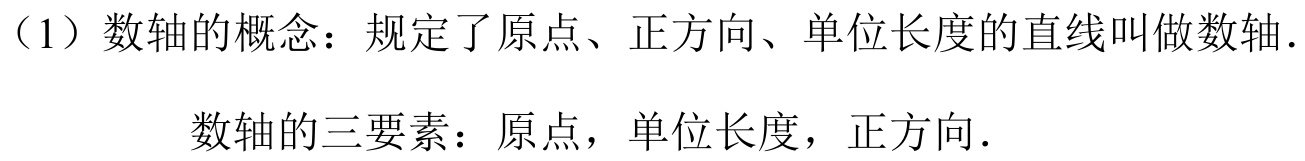
（1）数轴的概念：规定了原点、正方向、单位长度的直线叫做数轴.

数轴的三要素：原点，单位长度，正方向.